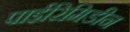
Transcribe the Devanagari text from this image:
पाईरिमिडीन